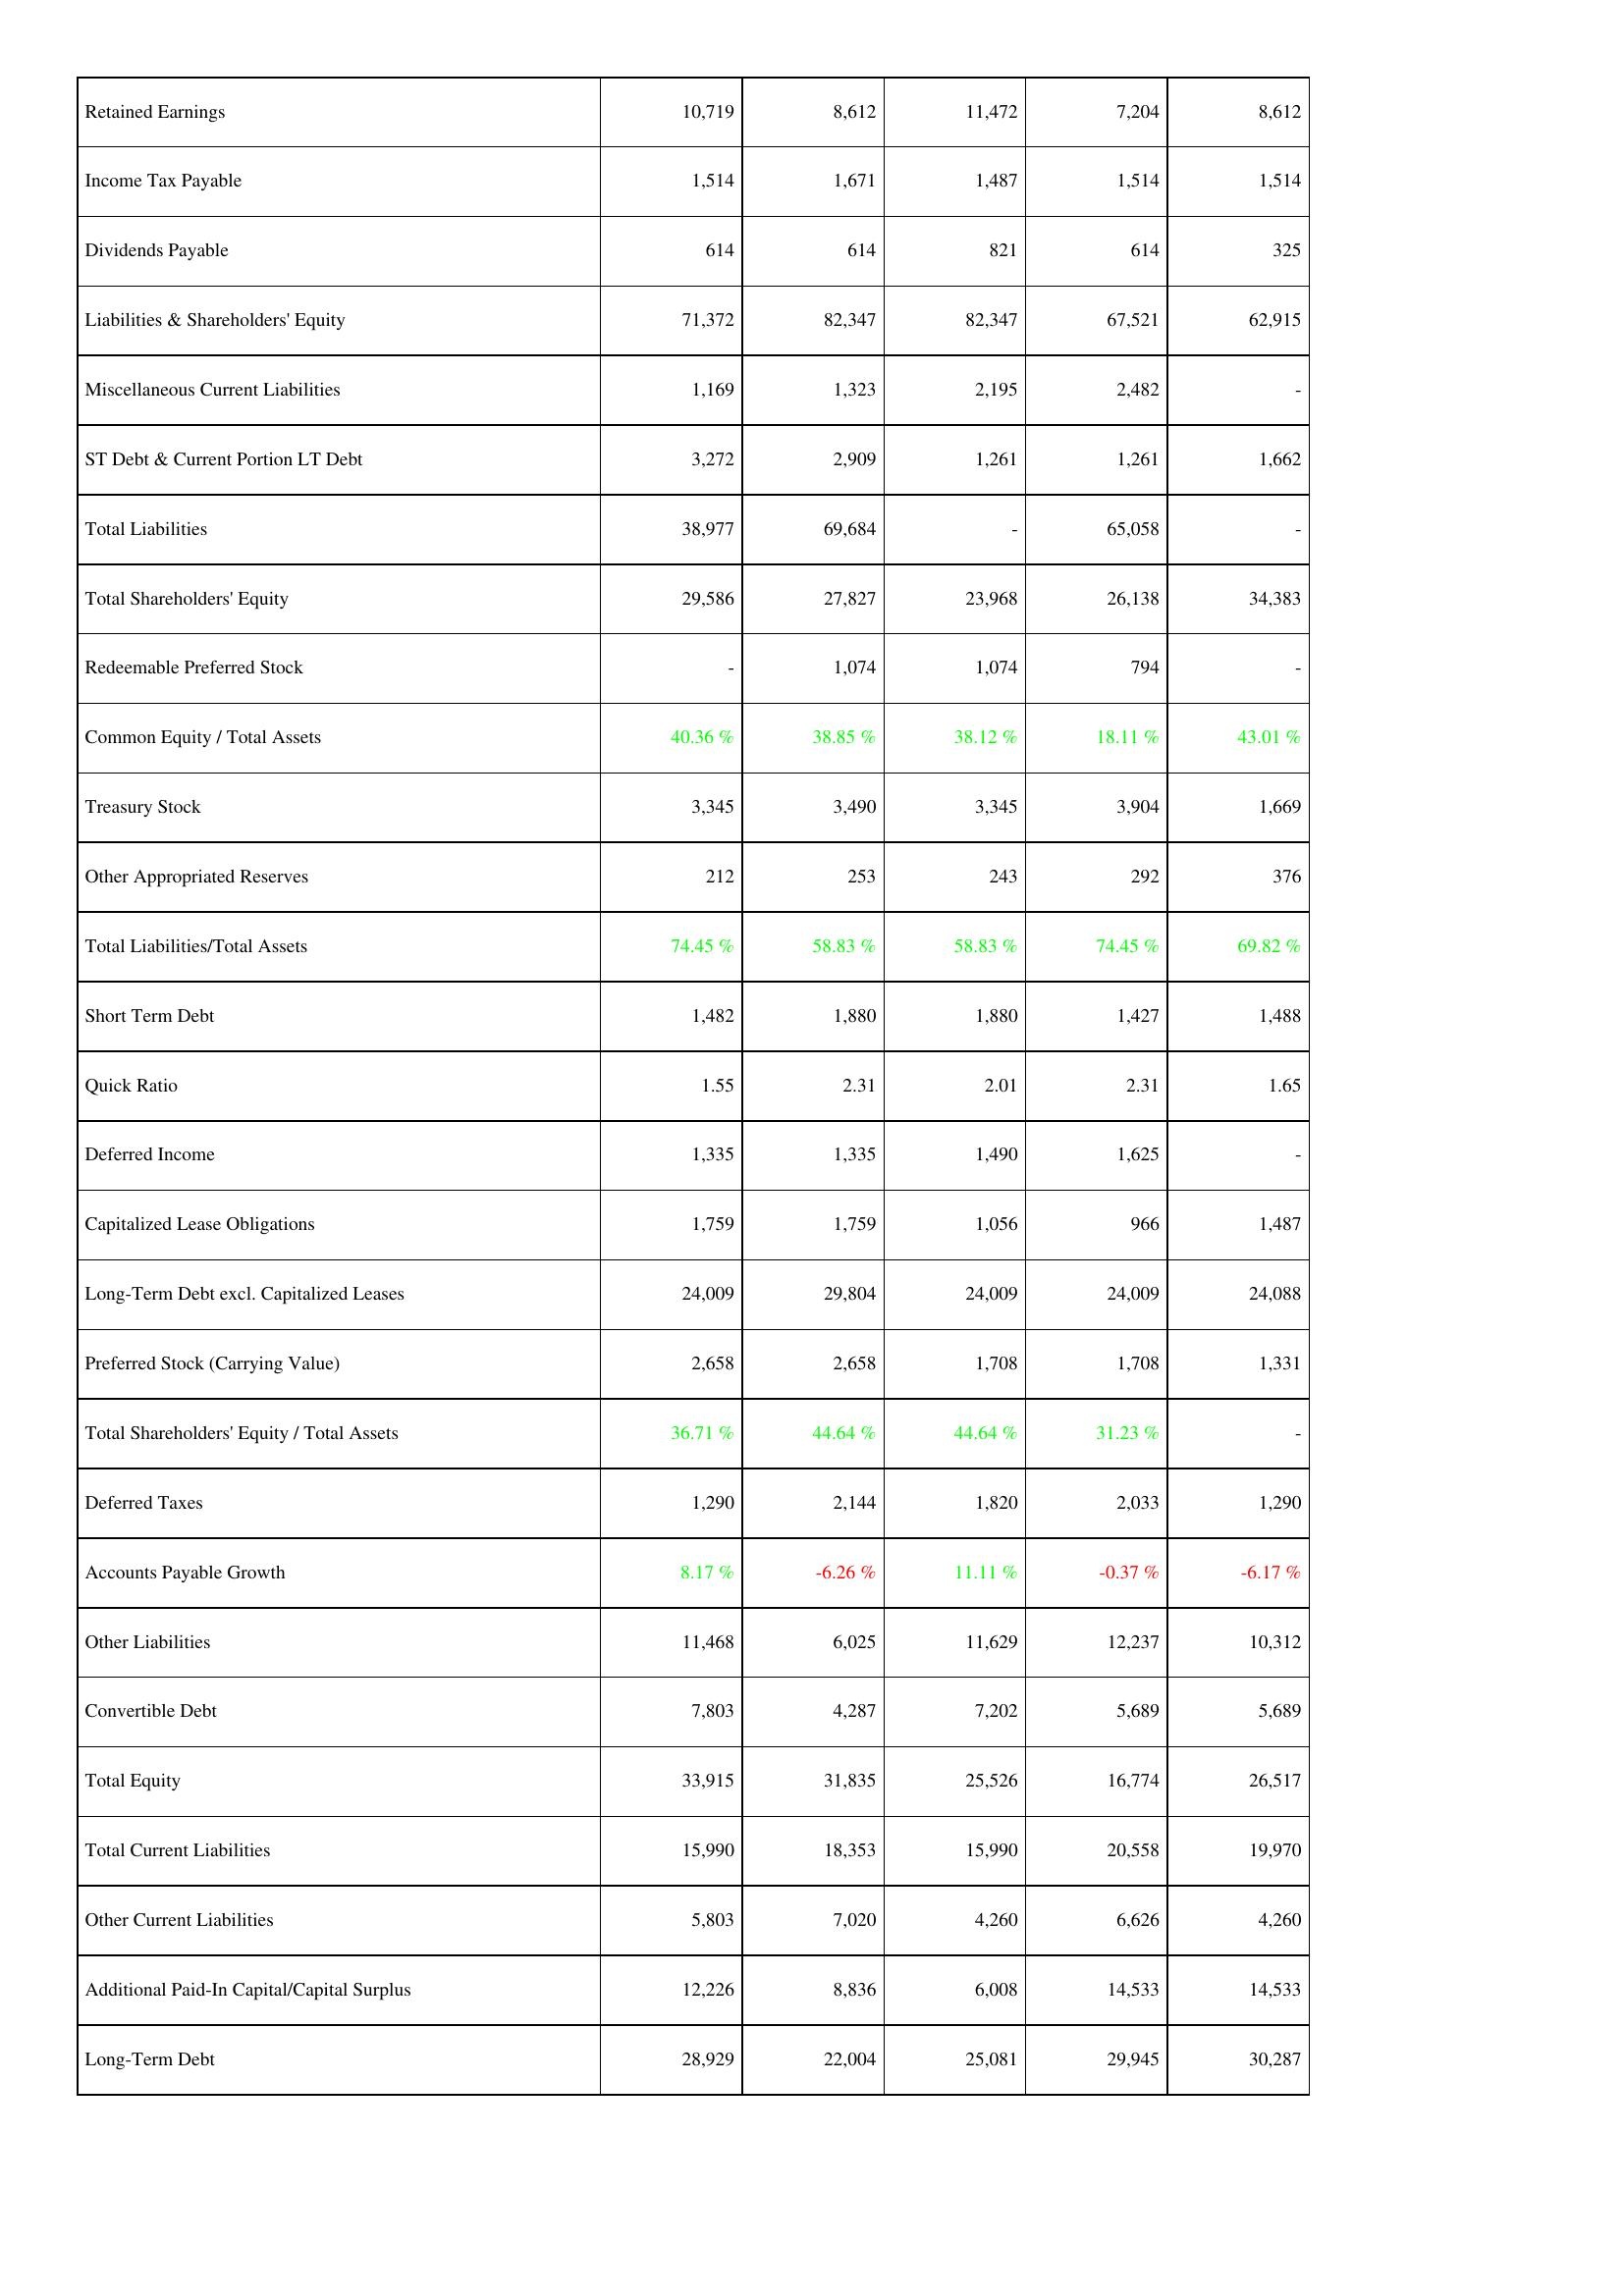
2015: Liabilities & Shareholders' Equity: Retained Earnings: 10,719
Income Tax Payable: 1,514
Dividends Payable: 614
Liabilities & Shareholders' Equity: 71,372
Miscellaneous Current Liabilities: 1,169
ST Debt & Current Portion LT Debt: 3,272
Total Liabilities: 38,977
Total Shareholders' Equity: 29,586
Redeemable Preferred Stock: -
Common Equity / Total Assets: 40.36 %
Treasury Stock: 3,345
Other Appropriated Reserves: 212
Total Liabilities/Total Assets: 74.45 %
Short Term Debt: 1,482
Quick Ratio: 1.55
Deferred Income: 1,335
Capitalized Lease Obligations: 1,759
Long-Term Debt excl. Capitalized Leases: 24,009
Preferred Stock (Carrying Value): 2,658
Total Shareholders' Equity / Total Assets: 36.71 %
Deferred Taxes: 1,290
Accounts Payable Growth: 8.17 %
Other Liabilities: 11,468
Convertible Debt: 7,803
Total Equity: 33,915
Total Current Liabilities: 15,990
Other Current Liabilities: 5,803
Additional Paid-In Capital/Capital Surplus: 12,226
Long-Term Debt: 28,929
2016: Liabilities & Shareholders' Equity: Retained Earnings: 8,612
Income Tax Payable: 1,671
Dividends Payable: 614
Liabilities & Shareholders' Equity: 82,347
Miscellaneous Current Liabilities: 1,323
ST Debt & Current Portion LT Debt: 2,909
Total Liabilities: 69,684
Total Shareholders' Equity: 27,827
Redeemable Preferred Stock: 1,074
Common Equity / Total Assets: 38.85 %
Treasury Stock: 3,490
Other Appropriated Reserves: 253
Total Liabilities/Total Assets: 58.83 %
Short Term Debt: 1,880
Quick Ratio: 2.31
Deferred Income: 1,335
Capitalized Lease Obligations: 1,759
Long-Term Debt excl. Capitalized Leases: 29,804
Preferred Stock (Carrying Value): 2,658
Total Shareholders' Equity / Total Assets: 44.64 %
Deferred Taxes: 2,144
Accounts Payable Growth: -6.26 %
Other Liabilities: 6,025
Convertible Debt: 4,287
Total Equity: 31,835
Total Current Liabilities: 18,353
Other Current Liabilities: 7,020
Additional Paid-In Capital/Capital Surplus: 8,836
Long-Term Debt: 22,004
2017: Liabilities & Shareholders' Equity: Retained Earnings: 11,472
Income Tax Payable: 1,487
Dividends Payable: 821
Liabilities & Shareholders' Equity: 82,347
Miscellaneous Current Liabilities: 2,195
ST Debt & Current Portion LT Debt: 1,261
Total Liabilities: -
Total Shareholders' Equity: 23,968
Redeemable Preferred Stock: 1,074
Common Equity / Total Assets: 38.12 %
Treasury Stock: 3,345
Other Appropriated Reserves: 243
Total Liabilities/Total Assets: 58.83 %
Short Term Debt: 1,880
Quick Ratio: 2.01
Deferred Income: 1,490
Capitalized Lease Obligations: 1,056
Long-Term Debt excl. Capitalized Leases: 24,009
Preferred Stock (Carrying Value): 1,708
Total Shareholders' Equity / Total Assets: 44.64 %
Deferred Taxes: 1,820
Accounts Payable Growth: 11.11 %
Other Liabilities: 11,629
Convertible Debt: 7,202
Total Equity: 25,526
Total Current Liabilities: 15,990
Other Current Liabilities: 4,260
Additional Paid-In Capital/Capital Surplus: 6,008
Long-Term Debt: 25,081
2018: Liabilities & Shareholders' Equity: Retained Earnings: 7,204
Income Tax Payable: 1,514
Dividends Payable: 614
Liabilities & Shareholders' Equity: 67,521
Miscellaneous Current Liabilities: 2,482
ST Debt & Current Portion LT Debt: 1,261
Total Liabilities: 65,058
Total Shareholders' Equity: 26,138
Redeemable Preferred Stock: 794
Common Equity / Total Assets: 18.11 %
Treasury Stock: 3,904
Other Appropriated Reserves: 292
Total Liabilities/Total Assets: 74.45 %
Short Term Debt: 1,427
Quick Ratio: 2.31
Deferred Income: 1,625
Capitalized Lease Obligations: 966
Long-Term Debt excl. Capitalized Leases: 24,009
Preferred Stock (Carrying Value): 1,708
Total Shareholders' Equity / Total Assets: 31.23 %
Deferred Taxes: 2,033
Accounts Payable Growth: -0.37 %
Other Liabilities: 12,237
Convertible Debt: 5,689
Total Equity: 16,774
Total Current Liabilities: 20,558
Other Current Liabilities: 6,626
Additional Paid-In Capital/Capital Surplus: 14,533
Long-Term Debt: 29,945
2019: Liabilities & Shareholders' Equity: Retained Earnings: 8,612
Income Tax Payable: 1,514
Dividends Payable: 325
Liabilities & Shareholders' Equity: 62,915
Miscellaneous Current Liabilities: -
ST Debt & Current Portion LT Debt: 1,662
Total Liabilities: -
Total Shareholders' Equity: 34,383
Redeemable Preferred Stock: -
Common Equity / Total Assets: 43.01 %
Treasury Stock: 1,669
Other Appropriated Reserves: 376
Total Liabilities/Total Assets: 69.82 %
Short Term Debt: 1,488
Quick Ratio: 1.65
Deferred Income: -
Capitalized Lease Obligations: 1,487
Long-Term Debt excl. Capitalized Leases: 24,088
Preferred Stock (Carrying Value): 1,331
Total Shareholders' Equity / Total Assets: -
Deferred Taxes: 1,290
Accounts Payable Growth: -6.17 %
Other Liabilities: 10,312
Convertible Debt: 5,689
Total Equity: 26,517
Total Current Liabilities: 19,970
Other Current Liabilities: 4,260
Additional Paid-In Capital/Capital Surplus: 14,533
Long-Term Debt: 30,287